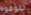
للوقود